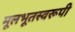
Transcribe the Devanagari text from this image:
मूलभूतस्वरूपी